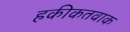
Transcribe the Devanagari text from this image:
हकीकतवाक